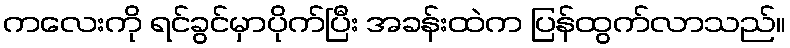
ကလေးကို ရင်ခွင်မှာပိုက်ပြီး အခန်းထဲက ပြန်ထွက်လာသည်။